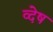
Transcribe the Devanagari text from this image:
व्देष